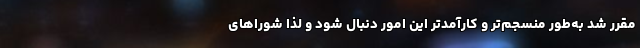
مقرر شد به‌طور منسجم‌تر و کارآمدتر این امور دنبال شود و لذا شوراهای